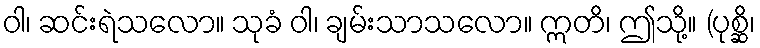
ဝါ၊ ဆင်းရဲသလော။ သုခံ ဝါ၊ ချမ်းသာသလော။ ဣတိ၊ ဤသို့။ (ပုစ္ဆိ၊